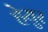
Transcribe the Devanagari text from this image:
हेयुर